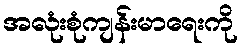
အလုံးစုံကျန်းမာရေးကို